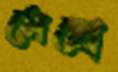
মেছো